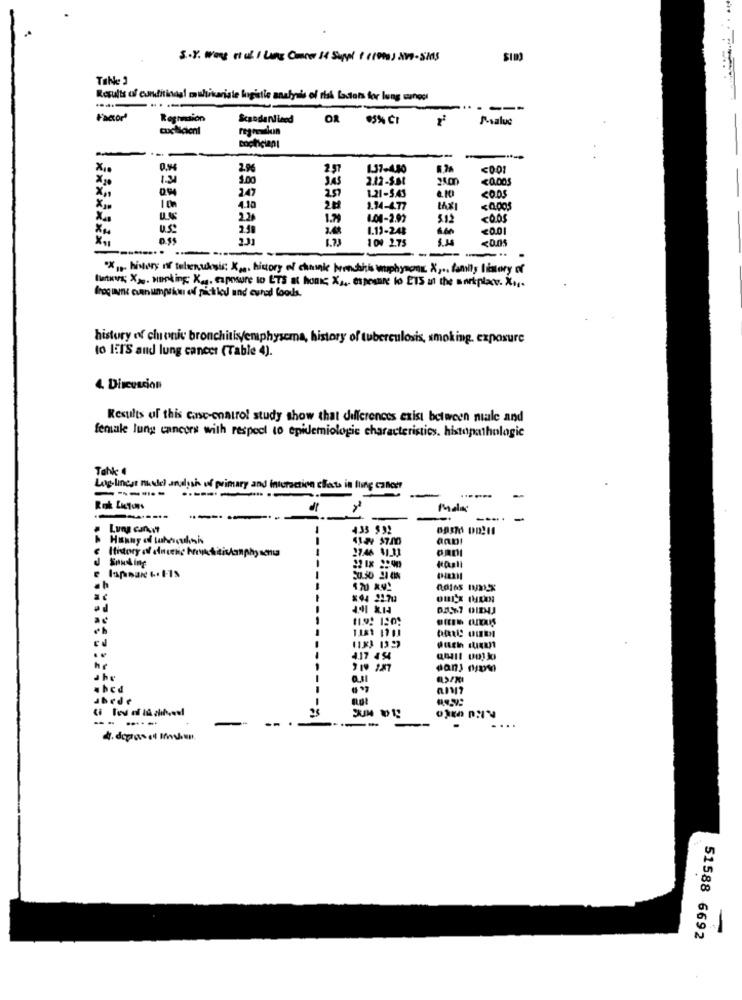
S.8. Way out I Like Omr 1t Suppl I (100) ame-sans
SID
Table 3
Results of cunditinagl m whtikaris le luigistie analysis of risk factors for lung songor
---
----
Factor
Reginaion
Scandanlined
OR
S-salue
Q.14
2.96
2.57
1.37-4.50
<0.01
1.00
JAS
2.12-5.st
<0.DOS
X .,
2.57
247
1.21-5.43
CODS
4.10
1.14-4.77
<0.005
2.20
1.79
1.04-2.92
5.12
COOS
U.S
2.58
1.19-248
<0.01
231
100 2.75
<0.05
---
--
---
"X, history of tubenukwis; K ,.. history of chusnie bronchitis wphyaog X ,.. family History of
fintxvs; X>. making: Ka. exposure to ETS at honic; X ,.. exposure to ETS ut the anrkplace. X ...
frog une cuen umpiku of pickled und cured loods.
history of chronic bronchitis/emphysema, history of tuberculosis, smoking. exposure
to ITS and lung cancer (Table 4).
4. Discuscion
Results of this canc-control study show that differences exist between male and
female lung cancers with respect to epidemiologie characteristics. histopathologic
Tahk 4
Low-linest niedel andysh uf primary and interaction effects in lling cancer
------
-
Rok Lutons
----
Lung canit
433 $32
--
aaDI
27.46 41_32
Souding
4.17 4 4
he
abcd
abede
-- ----.
--
51588 6692